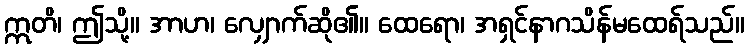
ဣတိ၊ ဤသို့။ အာဟ၊ လျှောက်ဆို၏။ ထေရော၊ အရှင်နာဂသိန်မထေရ်သည်။